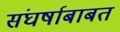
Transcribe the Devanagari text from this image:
संघर्षाबाबत